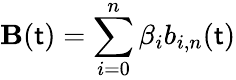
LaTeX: \mathbf{B}(\mathsf{t})=\sum_{i=0}^{n}\beta_{i}b_{i,n}(\mathsf{t})